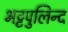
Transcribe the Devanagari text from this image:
भट्टपुलिन्द